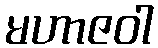
မဟာဇဝါ